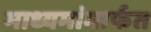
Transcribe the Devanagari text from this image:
माध्यमांमार्फत